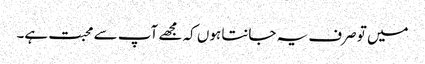
میں تو صرف یہ جانتا ہوں کہ مجھے آپ سے محبت ہے۔